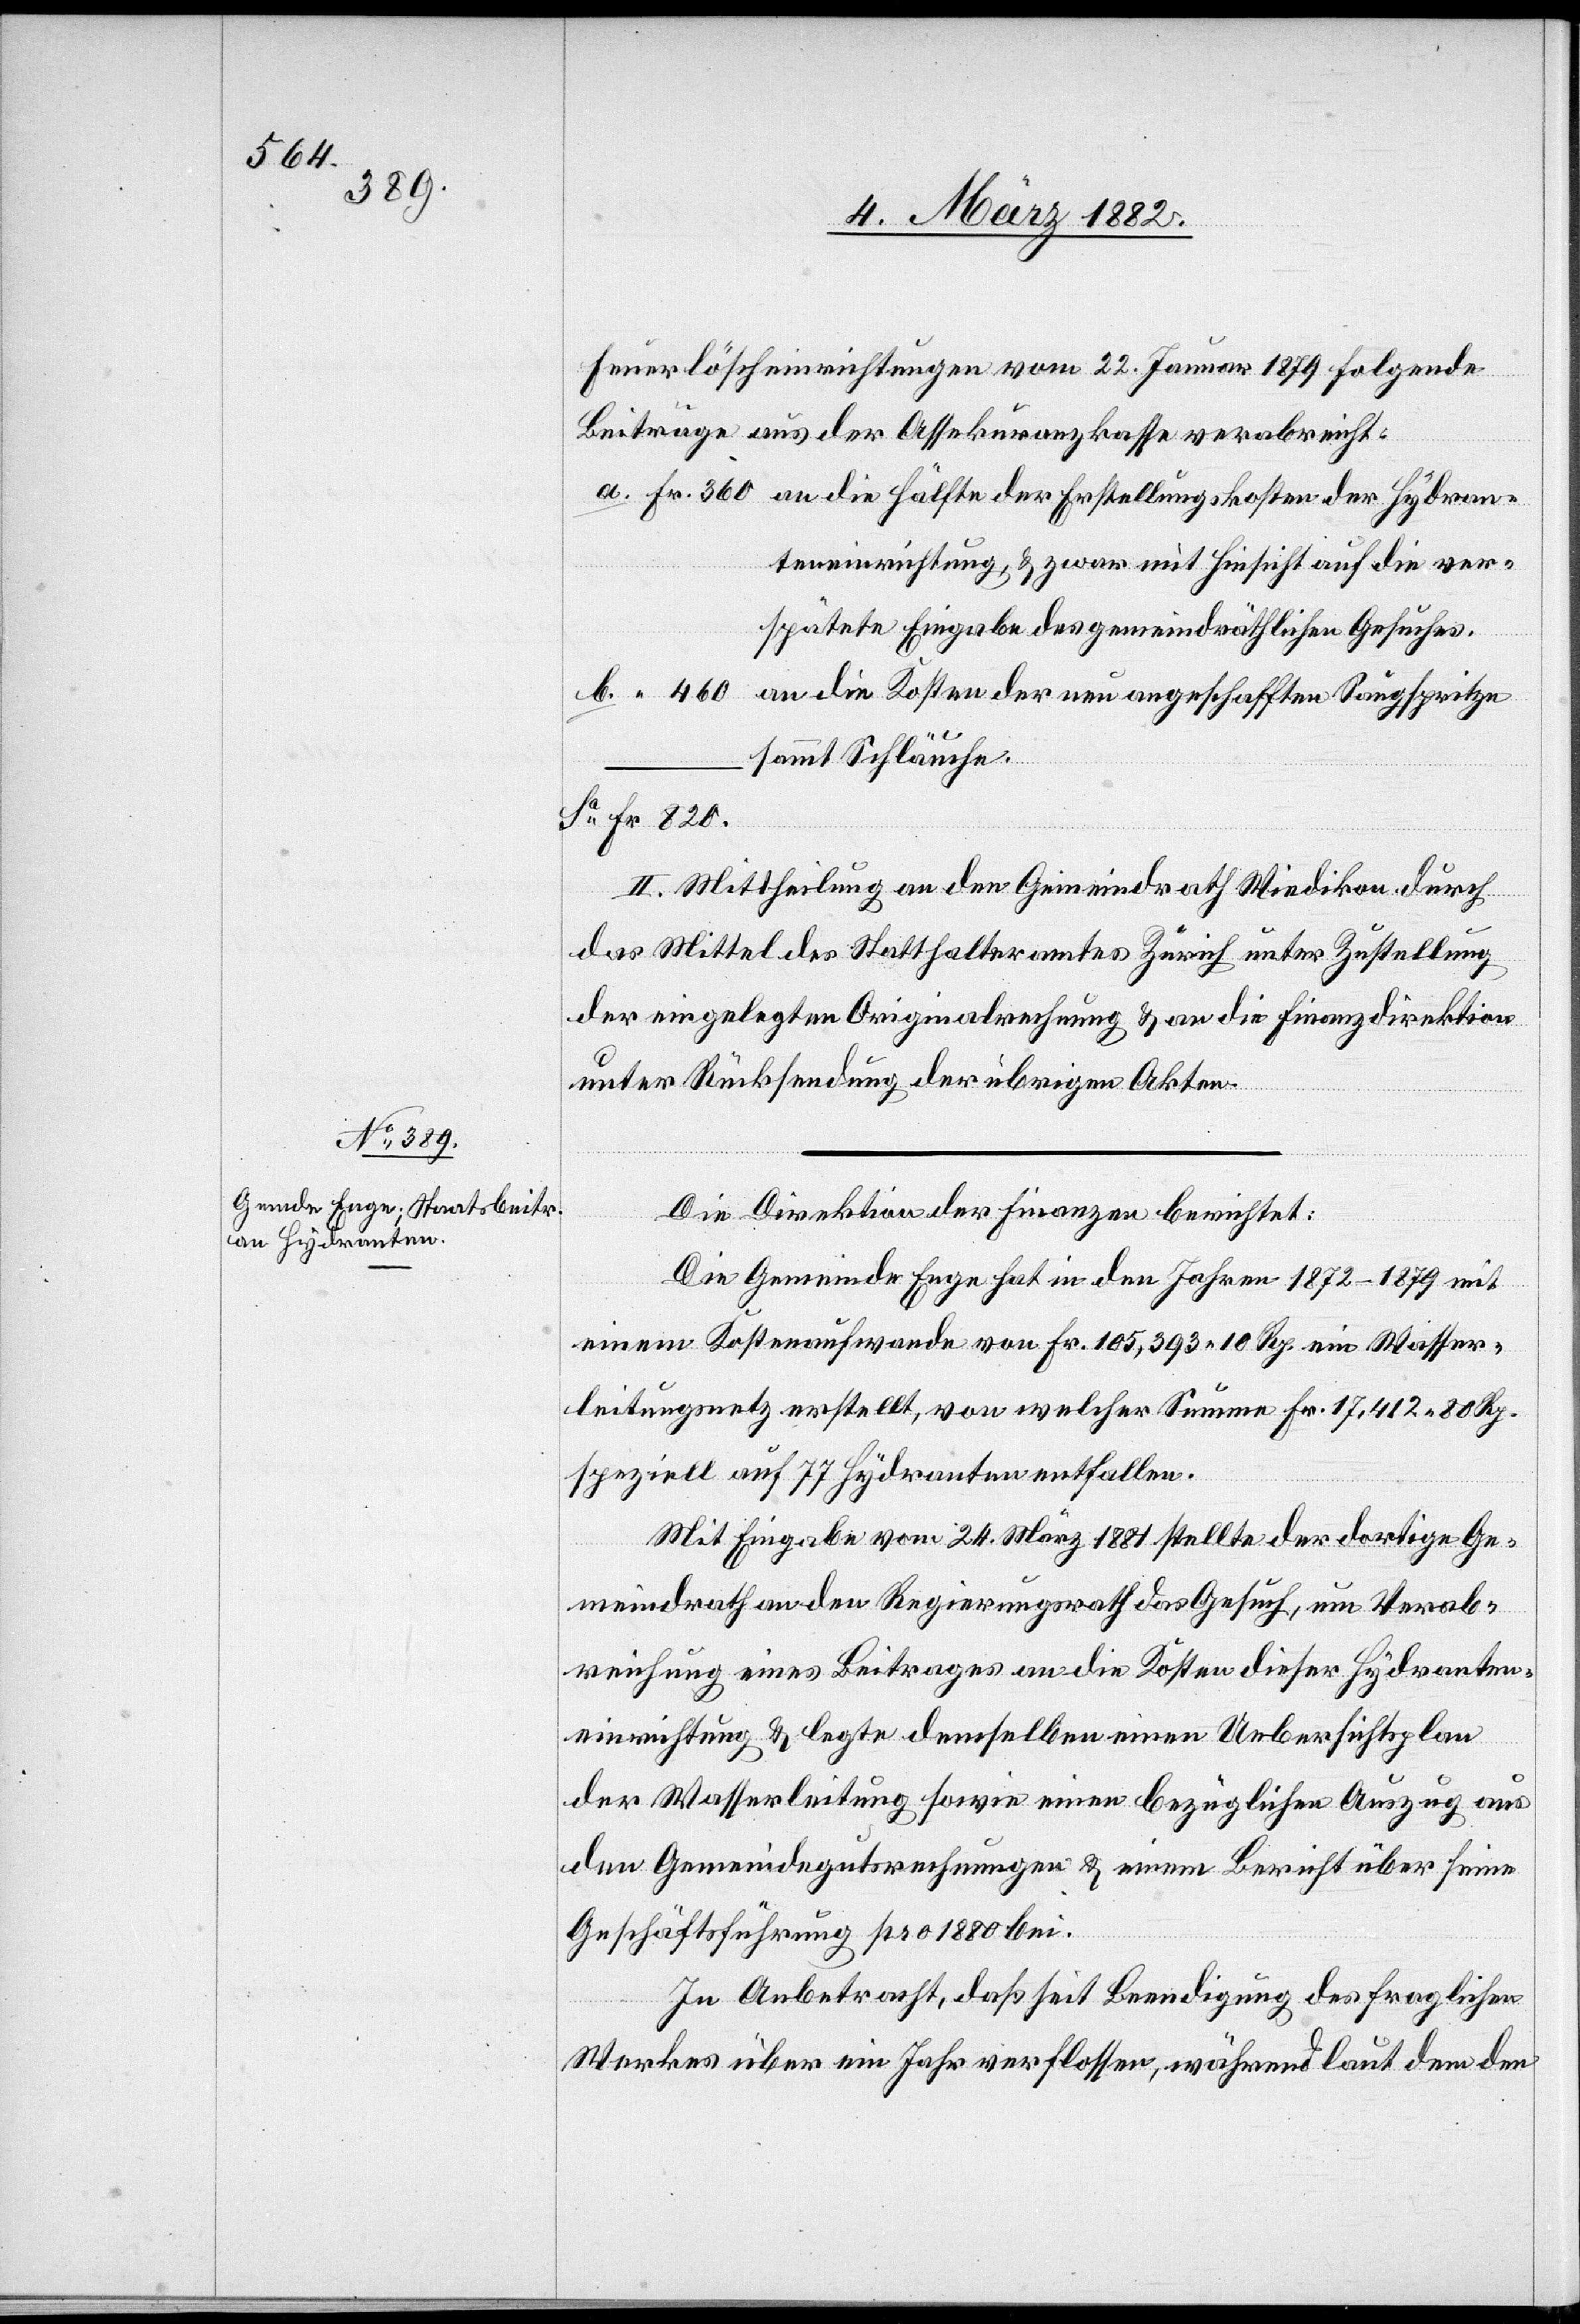
Feuerlöscheinrichtungen vom 22. Januar 1879 folgende
Beiträge aus der Assekuranzkasse verabreicht:
a. Fr. 360 an de Hälfte der Erstellungskosten der Hydran¬
teneinrichtung, & zwar mit Hinsicht auf die ver¬
spätete Eingabe des gemeindräthlichen Gesuchs.
b. “ 460 an die Kosten der neu angeschafften Saugspritze
sammt Schläuche.
Sa Fr. 820
II. Mittheilung an den Gemeindrath Wiedikon durch
das Mittel des Statthalteramtes Zürich unter Zustellung
der eingelegten Originalrechnung & an die Finanzdirektion
unter Rücksendung der übrigen Akten.
Die Direktion der Finanzen berichtet:
Die Gemeinde Enge hat in den Jahren 1872–1879 mit
einem Kostenaufwande von Fr. 105,393 10 Rp. ein Wasser¬
leitungsnetz erstellt, von welcher Summe Fr. 17,412 80 Rp.
speziell auf 77 Hydranten entfallen.
Mit Eingabe vom 24. März 1881 teilte der dortige Ge¬
meindrath an den Regierungsrath das Gesuch um Verab¬
reichung eines Beitrages an die Kosten dieser Hydranten¬
einrichtungen mit & legte demselben einen Uebersichtsplan
der Wasserleitung sowie einen bezüglichen Auszug aus
den Gemeindegutsrechnungen & einen Bericht über seine
Geschäftsführung pro 1880 bei.
In Anbetracht, daß seit Beendigung des fraglichen
Werkes über ein Jahr verflossen, während laut dem den